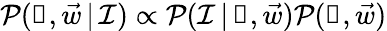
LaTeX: \mathcal{P}(\boldsymbol\uprho,\vec{{w}}\, |\, \mathcal{I})\propto\mathcal{P}(\mathcal{I}\, |\, \boldsymbol\uprho,\vec{{w}})\mathcal{P}(\boldsymbol\uprho,\vec{{w}})